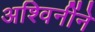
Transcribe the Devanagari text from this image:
अश्विनींने